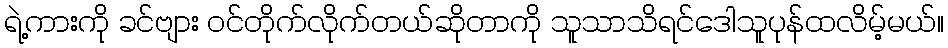
ရဲ့ကားကို ခင်ဗျား ဝင်တိုက်လိုက်တယ်ဆိုတာကို သူသာသိရင်ဒေါသူပုန်ထလိမ့်မယ်။